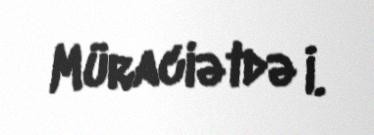
Müraciətdə İ.